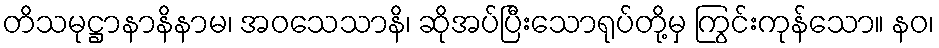
တိသမုဋ္ဌာနာနိနာမ၊ အဝသေသာနိ၊ ဆိုအပ်ပြီးသောရုပ်တို့မှ ကြွင်းကုန်သော။ နဝ၊